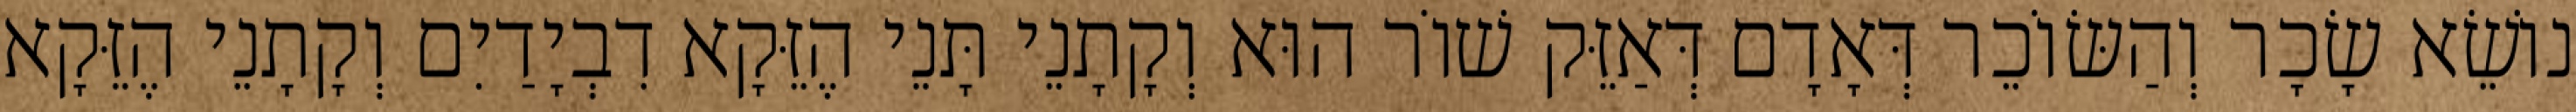
נוֹשֵׂא שָׂכָר וְהַשּׂוֹכֵר דְּאָדָם דְּאַזֵּק שׁוֹר הוּא וְקָתָנֵי תָּנֵי הֶזֵּקָא דִבְיָדַיִם וְקָתָנֵי הֶזֵּקָא